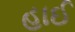
હાઈ